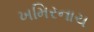
ખમિરનાચ